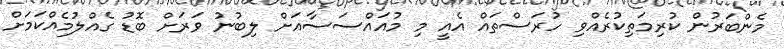
މެންބަރުން ކުރިމަތިކުރެއްވި ހުރަސްތައް އެއީ މި މުއައްސަސާއަށް ލިބުނު ވަރަށް ބޮޑު ގެއްލުމެއްކަމަށް